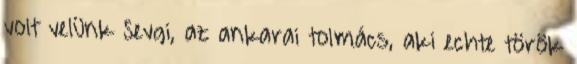
volt velünk Sevgi, az ankarai tolmács, aki echte török